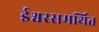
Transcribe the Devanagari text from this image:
ईश्वरसमर्थित